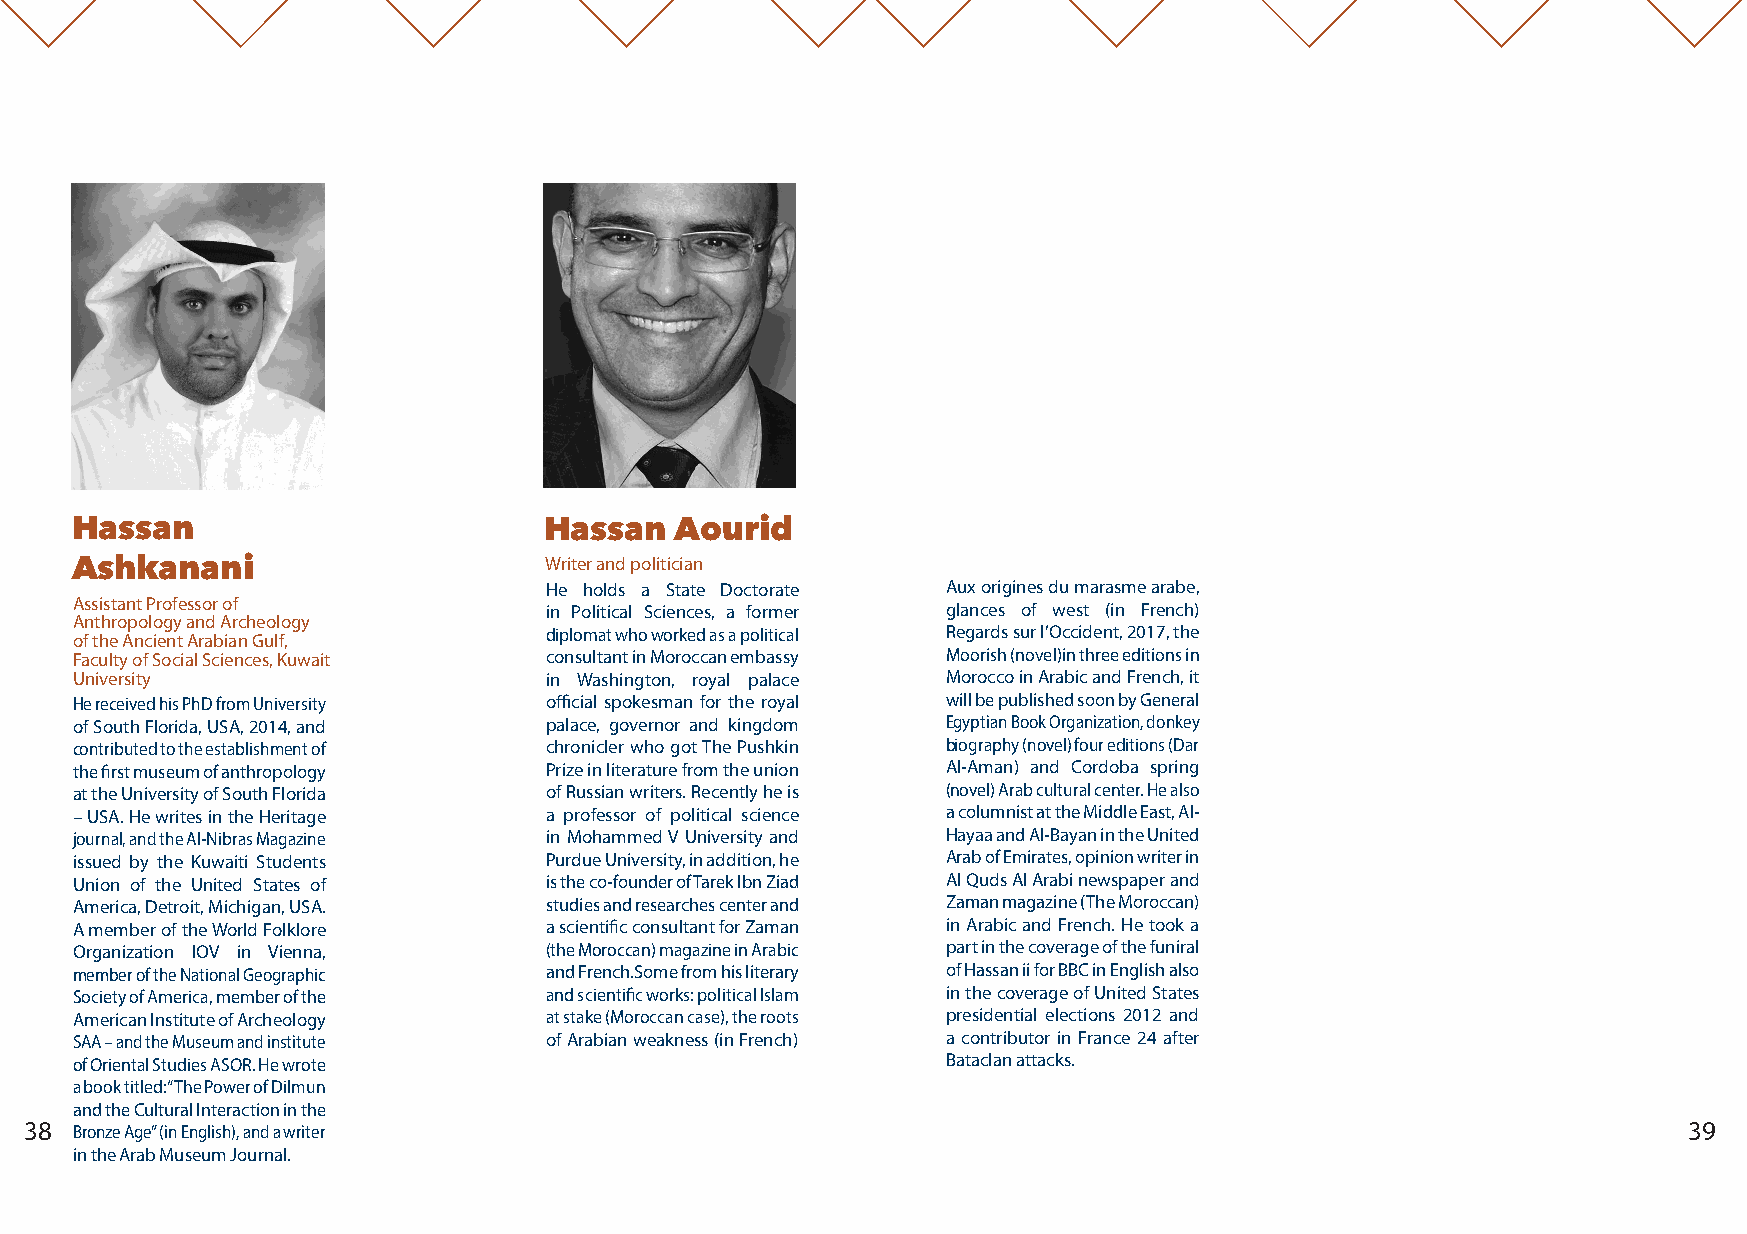
Hassan                         Hassan   Aourid
 Ashkanani                      Writer and politician
 He holds a State Doctorate Aux origines du marasme arabe,
 Assistant Professor of         in Political Sciences, a former glances of west (in French)
 Anthropology and Archeology
 diplomat who worked as a political Regards sur l’Occident, 2017, the
 of the Ancient Arabian Gulf,
 Faculty of Social Sciences, Kuwait consultant in Moroccan embassy Moorish (novel)in three editions in
 University                     in Washington, royal palace Morocco in Arabic and French, it
 He received his PhD from University official spokesman for the royal will be published soon by General
 of South Florida, USA, 2014, and palace, governor and kingdom Egyptian Book Organization, donkey
 contributed to the establishment of chronicler who got The Pushkin biography (novel) four editions (Dar
 the first museum of anthropology Prize in literature from the union Al-Aman) and Cordoba spring
 at the University of South Florida of Russian writers. Recently he is (novel) Arab cultural center. He also
 – USA. He writes in the Heritage a professor of political science a columnist at the Middle East, Al-
 journal, and the Al-Nibras Magazine in Mohammed V University and Hayaa and Al-Bayan in the United
 issued by the Kuwaiti Students Purdue University, in addition, he Arab of Emirates, opinion writer in
 Union of the United States of  is the co-founder of Tarek Ibn Ziad Al Quds Al Arabi newspaper and
 America, Detroit, Michigan, USA. studies and researches center and Zaman magazine (The Moroccan)
 A member of the World Folklore a scientific consultant for Zaman in Arabic and French. He took a
 Organization IOV in Vienna,    (the Moroccan) magazine in Arabic part in the coverage of the funiral
 member of the National Geographic and French.Some from his literary of Hassan ii for BBC in English also
 Society of America, member of the and scientific works: political Islam in the coverage of United States
 American Institute of Archeology at stake (Moroccan case), the roots presidential elections 2012 and
 SAA – and the Museum and institute of Arabian weakness (in French) a contributor in France 24 after
 of Oriental Studies ASOR. He wrote                        Bataclan attacks.
 a book titled: “The Power of Dilmun
 and the Cultural Interaction in the
 38 Bronze Age” (in English), and a writer                                                                     39
 in the Arab Museum Journal.